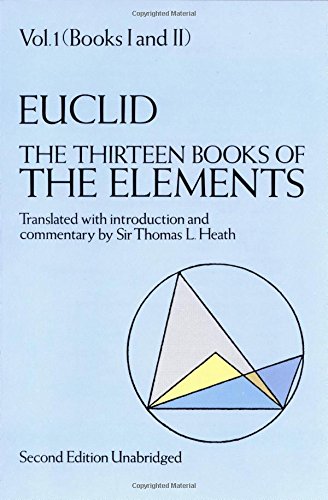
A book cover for The Thirteen Books of the Elements, Vol. 1: Books 1-2; Thomas L. Heath; Science & Math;